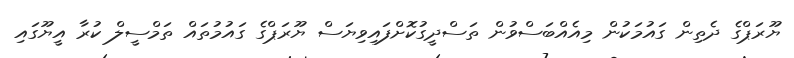
ޔޫރަޕްގެ ދެތިން ގައުމަކުން މިއެއްބަސްވުން ތަސްދީގުކޮށްފައިވިޔަސް ޔޫރަޕްގެ ގައުމުތައް ތަމްސީލް ކުރާ އީޔޫގައި